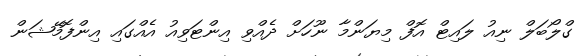
ގްލޯބަލް ނިއު ލައިޓް އޮފް މިޔަންމާ ނޫހަށް ދެއްވި އިންޓަވިއު އެއްގައި އިންފޮމޭޝަން